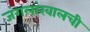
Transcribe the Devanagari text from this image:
जंगलांखालची